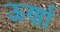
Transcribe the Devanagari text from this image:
ऊर्णा